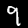
Digit: 9